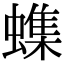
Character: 𫋝